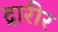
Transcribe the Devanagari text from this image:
द्रारीर